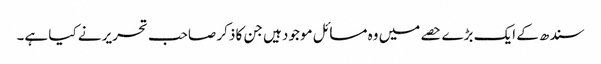
سندھ کے ایک بڑے حصے میں وہ مسائل موجود ہیں جن کا ذکر صاحب تحریر نے کیا ہے۔